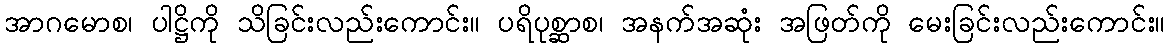
အာဂမောစ၊ ပါဋ္ဌိကို သိခြင်းလည်းကောင်း။ ပရိပုစ္ဆာစ၊ အနက်အဆုံး အဖြတ်ကို မေးခြင်းလည်းကောင်း။